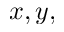
x , y ,